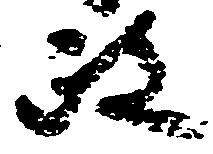
政